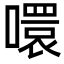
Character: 噮